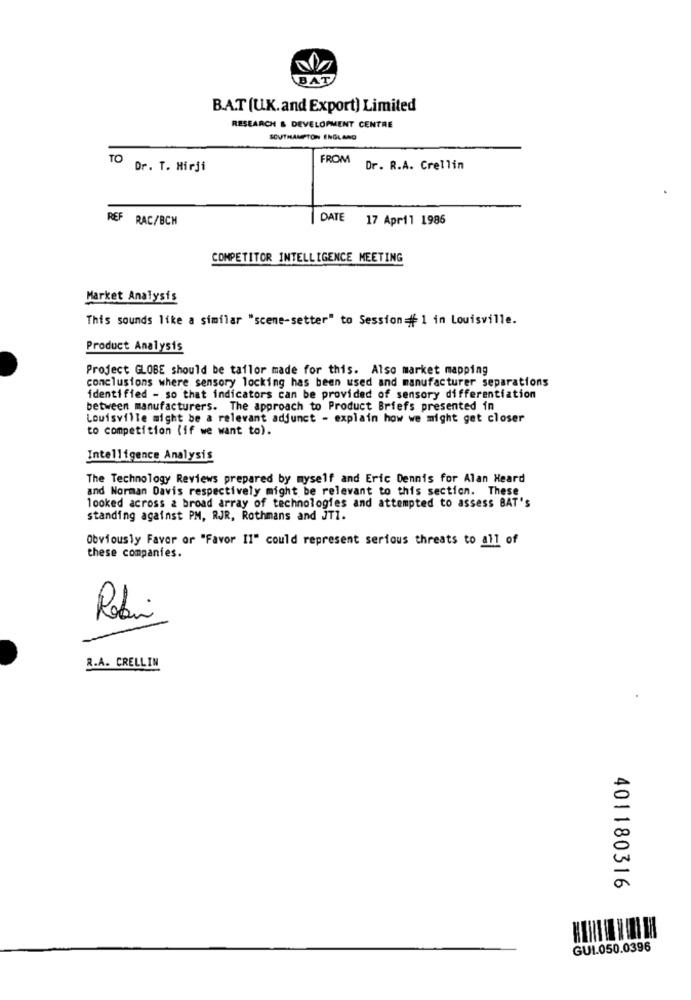
BAT
B.A.T (U.K.and Export) Limited
RESEARCH & DEVELOPMENT CENTRE
SOUTHAMPTON ENGLAND
TO
FROM
Dr. T. Hirji
Dr. R.A. Crellin
REF RAC/BCH
DATE 17 April 1986
COMPETITOR INTELLIGENCE MEETING
Market Analysis
This sounds like a similar "scene-setter" to Session= 1 in Louisville.
Product Analysis
Project GLOBE should be tailor made for this. Also market mapping
conclusions where sensory locking has been used and manufacturer separations
identified - so that indicators can be provided of sensory differentiation
between manufacturers. The approach to Product Briefs presented in
Louisville might be a relevant adjunct - explain how we might get closer
to competition (if we want to).
Intelligence Analysis
The Technology Reviews prepared by myself and Eric Dennis for Alan Heard
and Norman Davis respectively might be relevant to this section. These
looked across 2 broad array of technologies and attempted to assess BAT's
standing against PM, RJR, Rothmans and JT1.
Obviously Favor or "Favor II" could represent serious threats to all of
these companies.
Robi
R.A. CRELLIN
401180316
GUI.050.0396